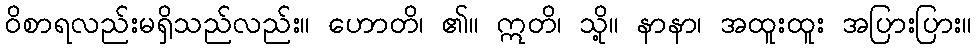
ဝိစာရလည်းမရှိသည်လည်း။ ဟောတိ၊ ၏။ ဣတိ၊ သို့။ နာနာ၊ အထူးထူး အပြားပြား။